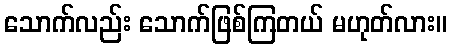
သောက်လည်း သောက်ဖြစ်ကြတယ် မဟုတ်လား။